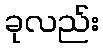
ခုလည်း